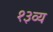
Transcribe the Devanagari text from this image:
१३व्य